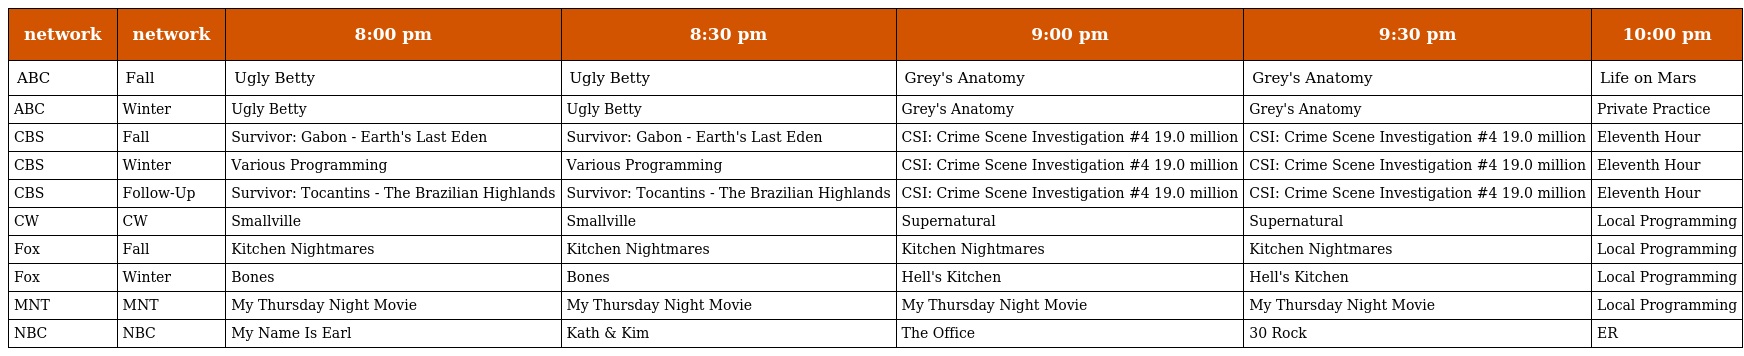
| network | network | 8:00 pm | 8:30 pm | 9:00 pm | 9:30 pm | 10:00 pm |
 | --- | --- | --- | --- | --- | --- | --- |
 | ABC | Fall | Ugly Betty | Ugly Betty | Grey's Anatomy | Grey's Anatomy | Life on Mars |
 | ABC | Winter | Ugly Betty | Ugly Betty | Grey's Anatomy | Grey's Anatomy | Private Practice |
 | CBS | Fall | Survivor: Gabon - Earth's Last Eden | Survivor: Gabon - Earth's Last Eden | CSI: Crime Scene Investigation #4 19.0 million | CSI: Crime Scene Investigation #4 19.0 million | Eleventh Hour |
 | CBS | Winter | Various Programming | Various Programming | CSI: Crime Scene Investigation #4 19.0 million | CSI: Crime Scene Investigation #4 19.0 million | Eleventh Hour |
 | CBS | Follow-Up | Survivor: Tocantins - The Brazilian Highlands | Survivor: Tocantins - The Brazilian Highlands | CSI: Crime Scene Investigation #4 19.0 million | CSI: Crime Scene Investigation #4 19.0 million | Eleventh Hour |
 | CW | CW | Smallville | Smallville | Supernatural | Supernatural | Local Programming |
 | Fox | Fall | Kitchen Nightmares | Kitchen Nightmares | Kitchen Nightmares | Kitchen Nightmares | Local Programming |
 | Fox | Winter | Bones | Bones | Hell's Kitchen | Hell's Kitchen | Local Programming |
 | MNT | MNT | My Thursday Night Movie | My Thursday Night Movie | My Thursday Night Movie | My Thursday Night Movie | Local Programming |
 | NBC | NBC | My Name Is Earl | Kath & Kim | The Office | 30 Rock | ER |